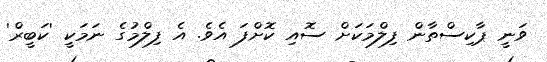
ވަނީ ޕާކިސްތާން ފިލްމަކަށް ސޮއި ކޮށްފަ އެވެ. އެ ފިލްމުގެ ނަމަކީ 'ކަބީރް'